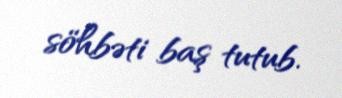
söhbəti baş tutub.